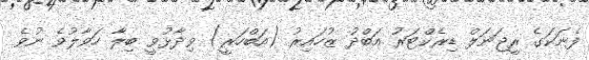
ފެނަކަގެ ރީޖަނަލް ޑިރެކްޓަރު އަބްދު ޒުހައިރު (އަބްހަރީ) ވިދާޅުވީ ބިލާ ހަވާލުވެ ނުވެ